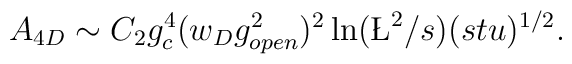
A_{4D} \sim C_{2} g^{4}_{c} (w_{D}g_{open}^{2})^{2} \ln (\L^{2}/s)(stu)^{1/2}.